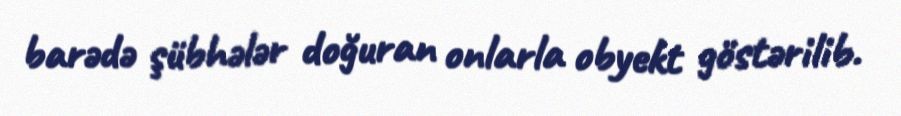
barədə şübhələr doğuran onlarla obyekt göstərilib.